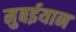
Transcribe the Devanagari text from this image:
मुबईयान